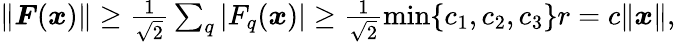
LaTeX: \begin{array}{r}{\| \boldsymbol{F}(\boldsymbol{x})\| \ge\frac{1}{\sqrt{2}}\sum_{q}|F_{q}(\boldsymbol{x})|\ge\frac{1}{\sqrt{2}}\operatorname*{min}\{ c_{1},c_{2},c_{3}\} r=c\| \boldsymbol{x}\| ,}\end{array}